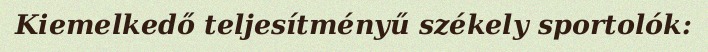
Kiemelkedő teljesítményű székely sportolók: